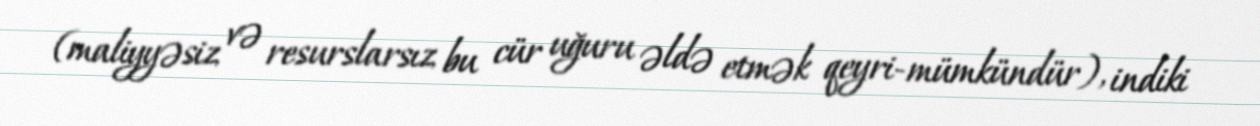
(maliyyəsiz və resurslarsız bu cür uğuru əldə etmək qeyri-mümkündür), indiki